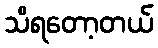
သိရတော့တယ်